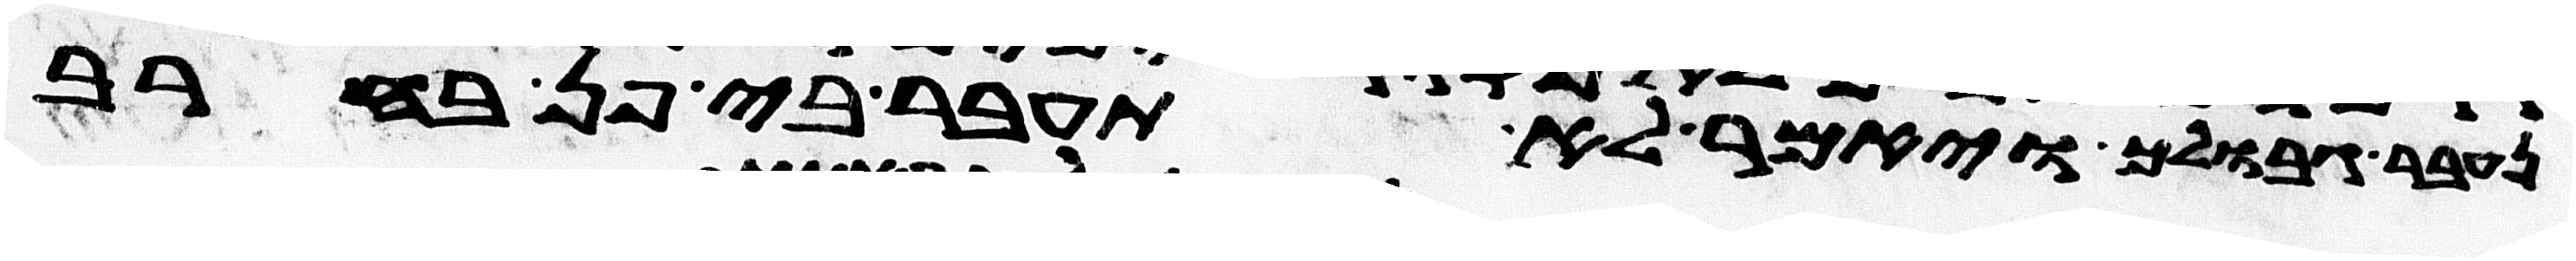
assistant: גבולך ויאמר לא תעבר בי פן בחרב